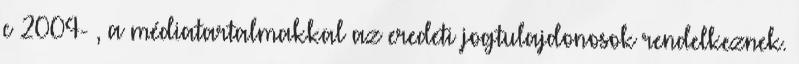
c 2004- , a médiatartalmakkal az eredeti jogtulajdonosok rendelkeznek.